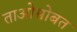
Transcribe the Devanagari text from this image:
ताओसोबत